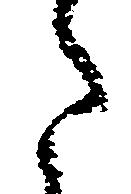
た